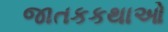
જાતકકથાઓ